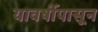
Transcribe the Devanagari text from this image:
यावर्षीपासून